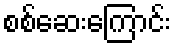
စစ်ဆေးကြောင်း